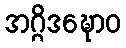
အဂ္ဂိဒဍ္ဎောဝ